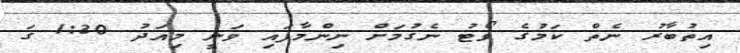
އިތުބާރު ނެތް ކަމުގެ ވޯޓު ނެގުމަށް ނިންމާފައި ވަނީ މިއަދު 1:30 ގަ